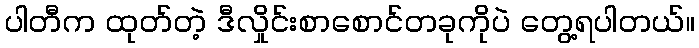
ပါတီက ထုတ်တဲ့ ဒီလှိုင်းစာစောင်တခုကိုပဲ တွေ့ရပါတယ်။